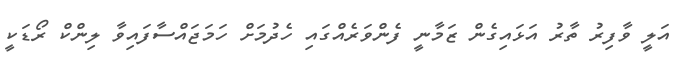
އަލީ ވާފިރު ތާރު އަޅައިގެން ޒަމާނީ ފެންވަރެއްގައި ހެދުމަށް ހަމަޖައްސާފައިވާ ލިންކް ރޯޑަކީ